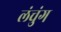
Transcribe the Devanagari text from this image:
लंचुंग